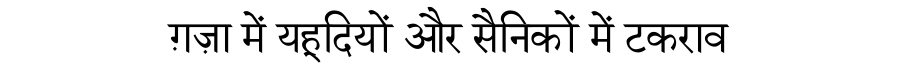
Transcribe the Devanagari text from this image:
ग़ज़ा में यहूदियों और सैनिकों में टकराव